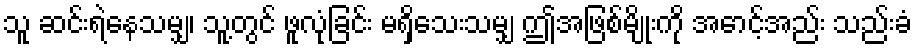
သူ ဆင်းရဲနေသမျှ၊ သူ့တွင် ဖူလုံခြင်း မရှိသေးသမျှ ဤအဖြစ်မျိုးကို အောင့်အည်း သည်းခံ